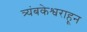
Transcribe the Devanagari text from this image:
त्र्यंबकेश्वराहून